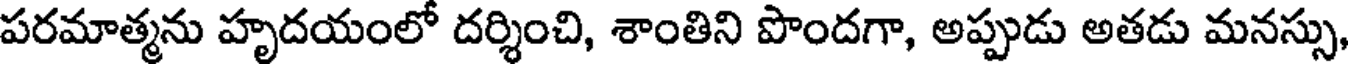
పరమాత్మను హృదయంలో దర్శించి, శాంతిని పొందగా, అప్పుడు అతడు మనస్సు,